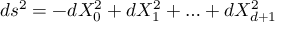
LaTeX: d s ^ { 2 } = - d X _ { 0 } ^ { 2 } + d X _ { 1 } ^ { 2 } + \ldots + d X _ { d + 1 } ^ { 2 }